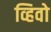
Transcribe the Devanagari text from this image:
व्हिवो